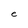
Character: e